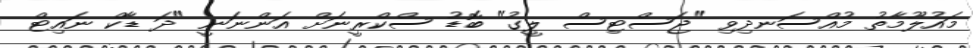
މައުލޫމާތު މުއްސަނދިވި "ޖަސްޓިސް ލީގު" ބޮޑު ސްކްރީނަށް އަންނަނީ "ދަ ޑާކް ނައިޓް